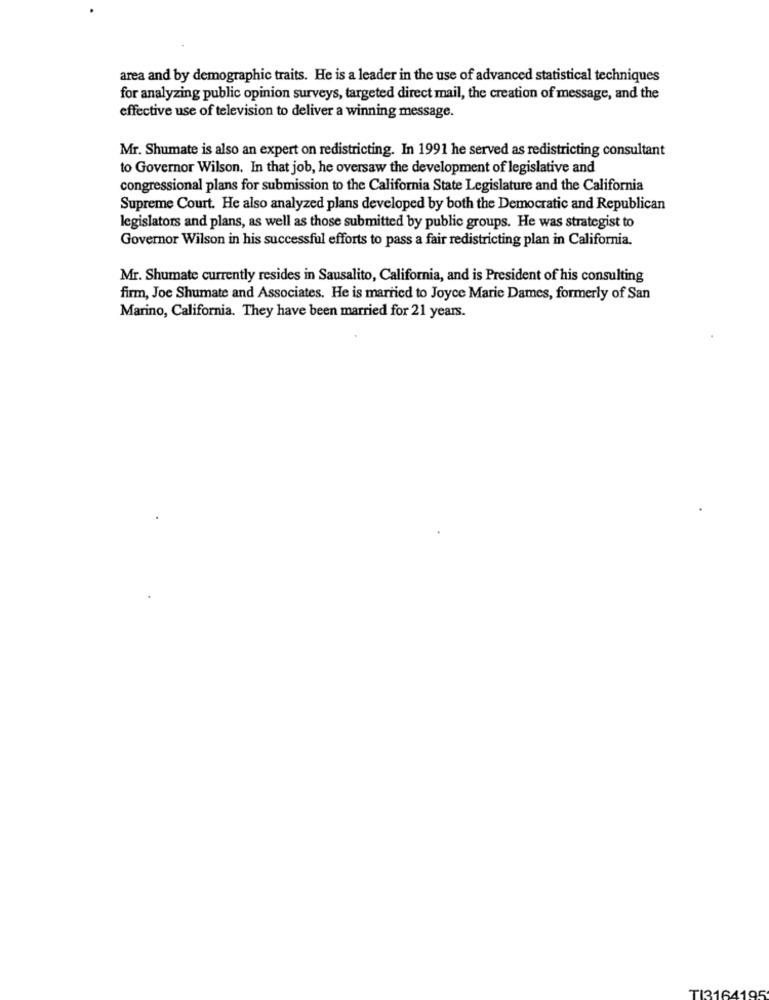
area and by demographic traits. He is a leader in the use of advanced statistical techniques
for analyzing public opinion surveys, targeted direct mail, the creation of message, and the
effective use of television to deliver a winning message.
Mr. Shumate is also an expert on redistricting. In 1991 he served as redistricting consultant
to Governor Wilson. In that job, he oversaw the development of legislative and
congressional plans for submission to the California State Legislature and the California
Supreme Court. He also analyzed plans developed by both the Democratic and Republican
legislators and plans, as well as those submitted by public groups. He was strategist to
Governor Wilson in his successful efforts to pass a fair redistricting plan in California.
Mr. Shumate currently resides in Sausalito, California, and is President of his consulting
firm, Joe Shumate and Associates. He is married to Joyce Marie Dames, formerly of San
Marino, California. They have been married for 21 years.
TI3164195